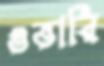
ওভারি